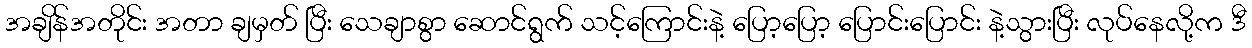
အချိန်အတိုင်း အတာ ချမှတ် ပြီး သေချာစွာ ဆောင်ရွက် သင့်ကြောင်းနဲ့ ပြော့ပြော့ ပြောင်းပြောင်း နဲ့သွားပြီး လုပ်နေလို့က ဒီ